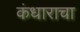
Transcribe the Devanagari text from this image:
कंधाराचा